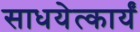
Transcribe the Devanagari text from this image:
साधयेत्कार्यं